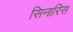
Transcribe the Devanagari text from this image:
सिनारिस